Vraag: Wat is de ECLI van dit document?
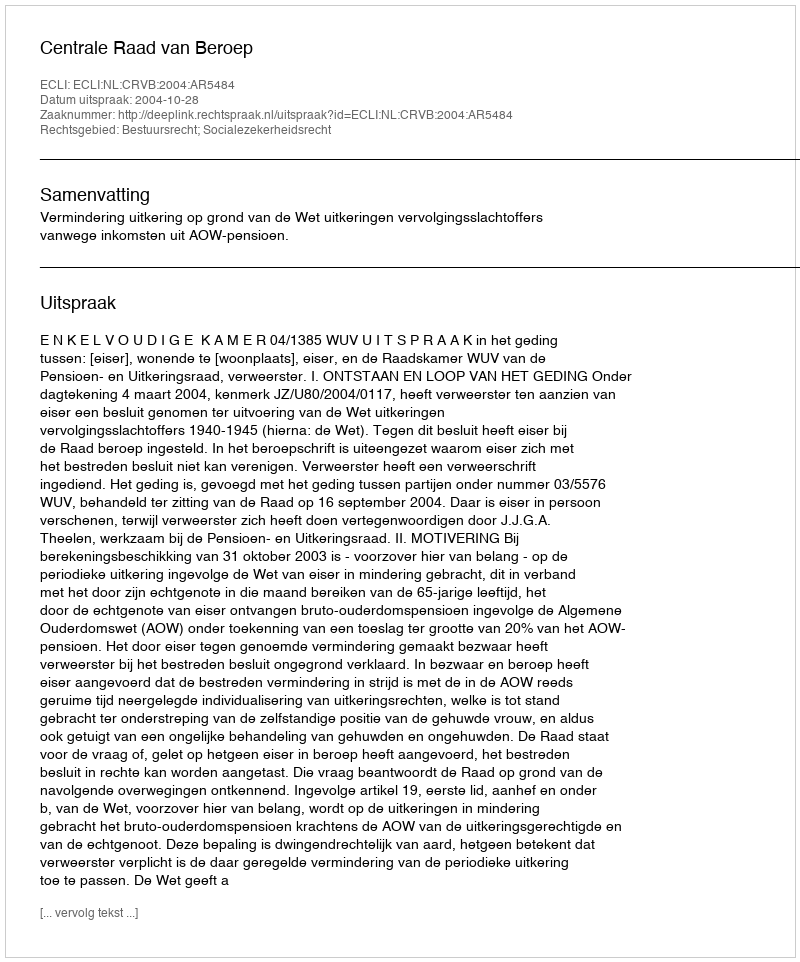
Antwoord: ECLI:NL:CRVB:2004:AR5484